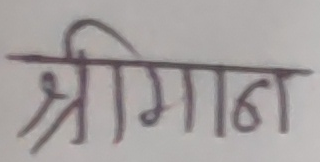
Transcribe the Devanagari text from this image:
श्रीमान